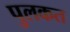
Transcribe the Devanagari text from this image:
पुलकत